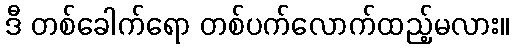
ဒီ တစ်ခေါက်ရော တစ်ပက်လောက်ထည့်မလား။